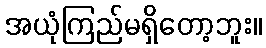
အယုံကြည်မရှိတော့ဘူး။